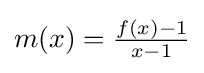
m(x)={\tfrac {f(x)-1}{x-1}}